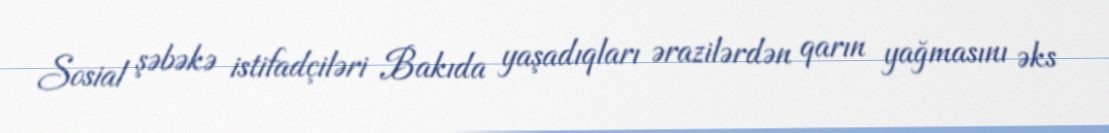
Sosial şəbəkə istifadçiləri Bakıda yaşadıqları ərazilərdən qarın yağmasını əks